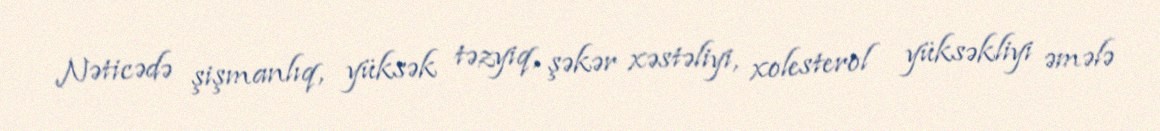
Nəticədə şişmanlıq, yüksək təzyiq, şəkər xəstəliyi, xolesterol yüksəkliyi əmələ